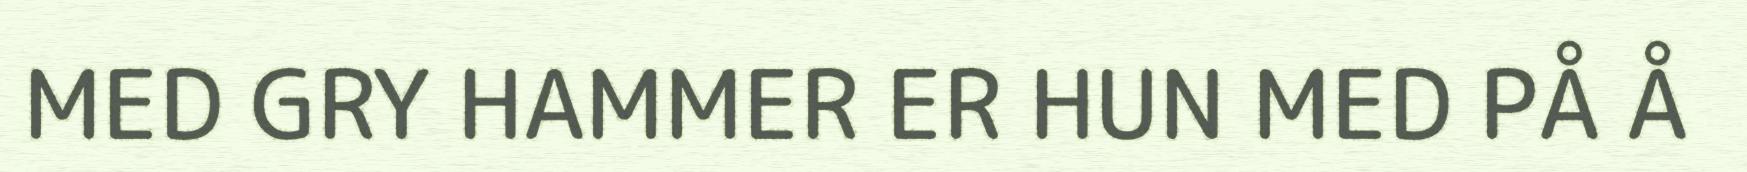
MED GRY HAMMER ER HUN MED PÅ Å